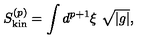
S _ { \mathrm { k i n } } ^ { ( p ) } = \int d ^ { p + 1 } \xi \ \sqrt { | g | } ,